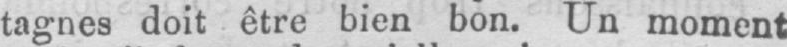
tagnes doit être bien bon. Un moment